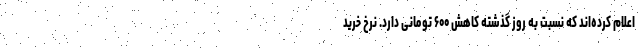
اعلام کرده‌اند که نسبت به روز گذشته کاهش ۶۰۰ تومانی دارد. نرخ خرید